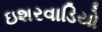
ઇશરવાડિયો